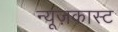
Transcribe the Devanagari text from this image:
न्यूज़कास्ट